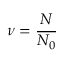
\nu = \frac { N } { N _ { 0 } }